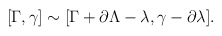
\begin{align*}[\Gamma,\gamma]\sim[\Gamma+\partial\Lambda-\lambda,\gamma-\partial\lambda].\end{align*}